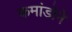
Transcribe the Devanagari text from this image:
कमांडोने